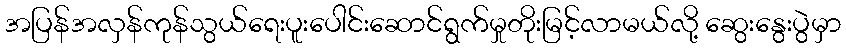
အပြန်အလှန်ကုန်သွယ်ရေးပူးပေါင်းဆောင်ရွက်မှုတိုးမြင့်လာမယ်လို့ ဆွေးနွေးပွဲမှာ